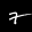
Label: 7